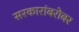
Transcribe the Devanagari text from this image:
सरकारांबरोबर